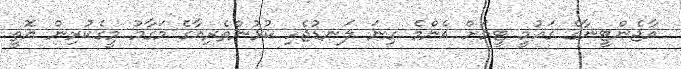
އާޖެންޓީނާގެ ގައުމީ ޓީމަށް އެންމެ ގިނަ ލަނޑުޖެހި ކުޅުންތެރިއާގެ މަގާމު މީގެކުރިން އޮތީ